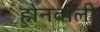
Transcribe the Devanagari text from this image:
होनवाली